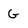
Character: G